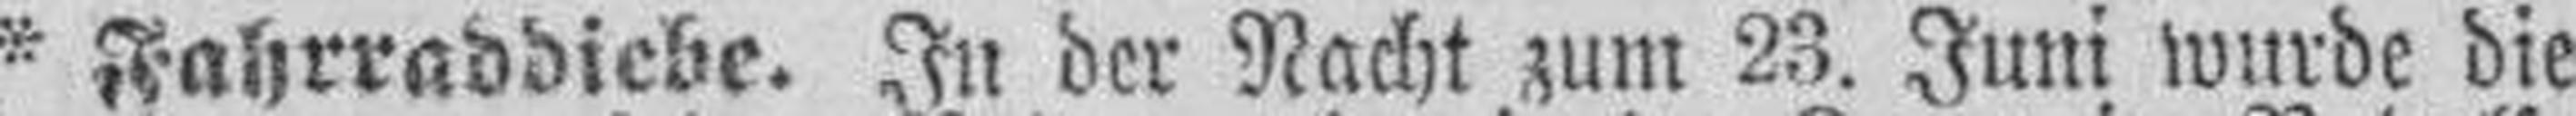
* Fahrraddiebe. In der Nacht zum 23. Juni wurde die